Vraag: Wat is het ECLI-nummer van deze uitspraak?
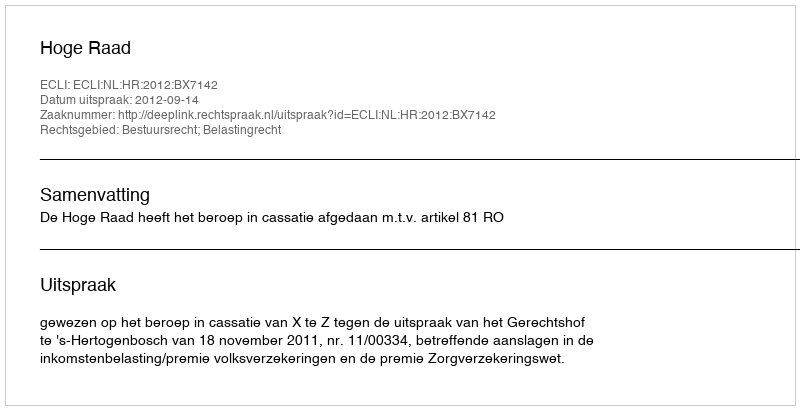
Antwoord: ECLI:NL:HR:2012:BX7142